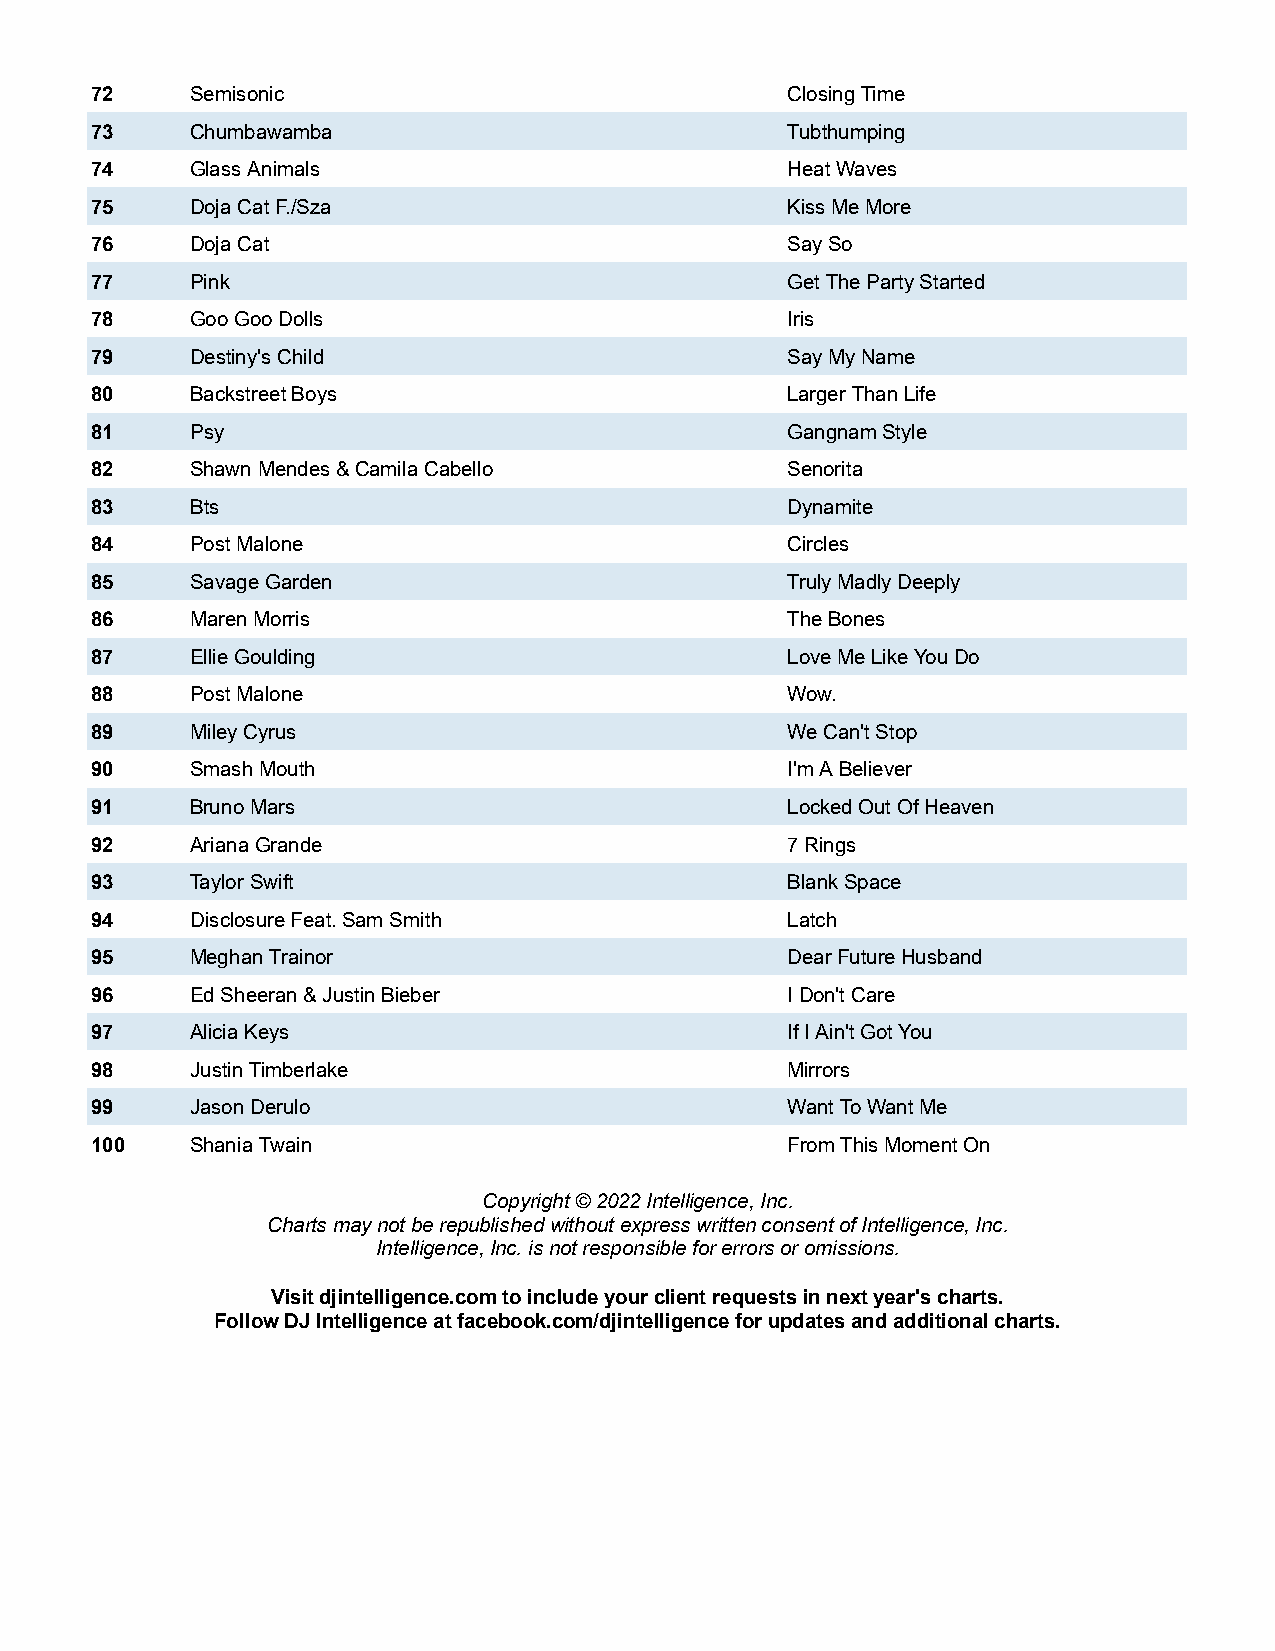
72     Semisonic                              Closing Time
 73     Chumbawamba                            Tubthumping
 74     Glass Animals                          Heat Waves
 75     Doja Cat F./Sza                        Kiss Me More
 76     Doja Cat                               Say So
 77     Pink                                   Get The Party Started
 78     Goo Goo Dolls                          Iris
 79     Destiny's Child                        Say My Name
 80     Backstreet Boys                        Larger Than Life
 81     Psy                                    Gangnam Style
 82     Shawn Mendes & Camila Cabello          Senorita
 83     Bts                                    Dynamite
 84     Post Malone                            Circles
 85     Savage Garden                          Truly Madly Deeply
 86     Maren Morris                           The Bones
 87     Ellie Goulding                         Love Me Like You Do
 88     Post Malone                            Wow.
 89     Miley Cyrus                            We Can't Stop
 90     Smash Mouth                            I'm A Believer
 91     Bruno Mars                             Locked Out Of Heaven
 92     Ariana Grande                          7 Rings
 93     Taylor Swift                           Blank Space
 94     Disclosure Feat. Sam Smith             Latch
 95     Meghan Trainor                         Dear Future Husband
 96     Ed Sheeran & Justin Bieber             I Don't Care
 97     Alicia Keys                            If I Ain't Got You
 98     Justin Timberlake                      Mirrors
 99     Jason Derulo                           Want To Want Me
 100    Shania Twain                           From This Moment On
 Copyright © 2022 Intelligence, Inc.
 Charts may not be republished without express written consent of Intelligence, Inc.
 Intelligence, Inc. is not responsible for errors or omissions.
 Visit djintelligence.com to include your client requests in next year's charts.
 Follow DJ Intelligence at facebook.com/djintelligence for updates and additional charts.